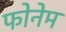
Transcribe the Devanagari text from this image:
फोनेम